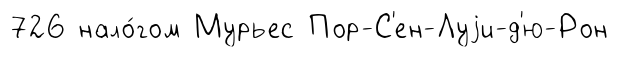
726 нало́гом Мурьес Пор-С'ен-Луjи-д'ю-Рон